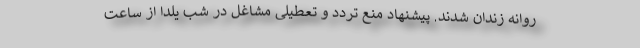
روانه زندان شدند. پیشنهاد منع تردد و تعطیلی مشاغل در شب یلدا از ساعت